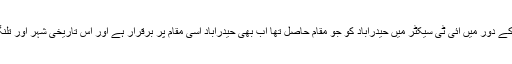
چندرابابو نائیڈو اور ڈاکٹر وائی ایس راج شیکھر ریڈی کے دور میں آئی ٹی سیکٹر میں حیدرآباد کو جو مقام حاصل تھا اب بھی حیدرآباد اسی مقام پر برقرار ہے اور اس تاریخی شہر اور تلنگانہ کو آئی ٹی شعبہ میں غیرمعمولی اہمیت حاصل ہے۔